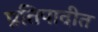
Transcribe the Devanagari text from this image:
प्रतिपादीत